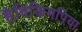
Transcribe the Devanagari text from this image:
हैविकिमपिया